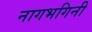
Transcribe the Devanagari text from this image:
नागभगिनी